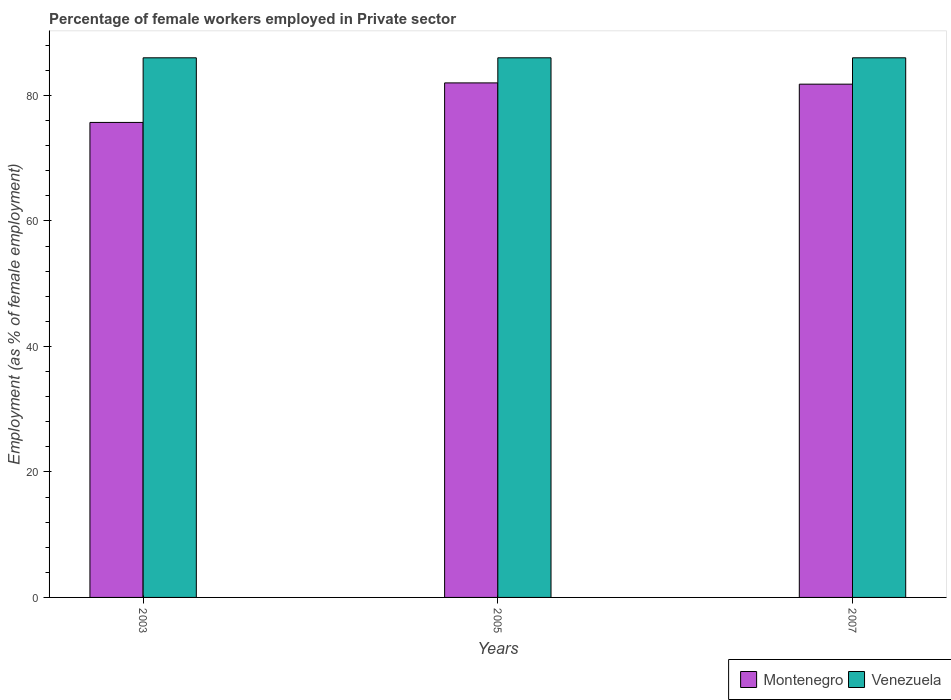
| Years | Montenegro | Venezuela |
 | --- | --- | --- |
 | 2003 | 75.7 | 86 |
 | 2005 | 82 | 86 |
 | 2007 | 81.8 | 86 |